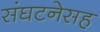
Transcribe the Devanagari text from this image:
संघटनेसह